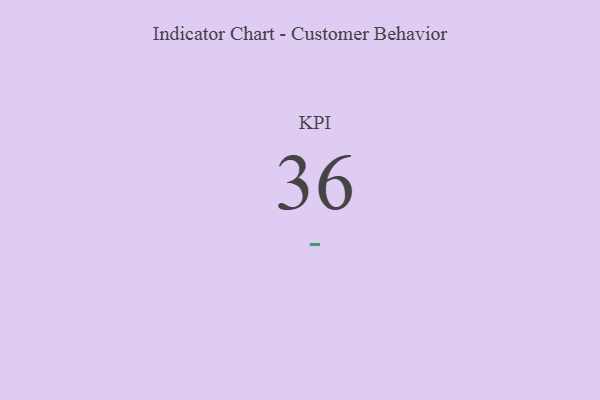
{"axis": {"x": "KPI", "y": "Value"}, "legend": [""], "data": [{"x": "KPI", "y": 36, "type": ""}]}